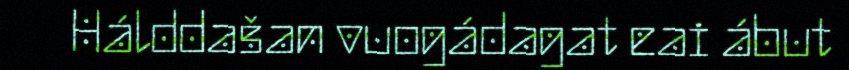
Hálddašan vuogádagat eai ábut